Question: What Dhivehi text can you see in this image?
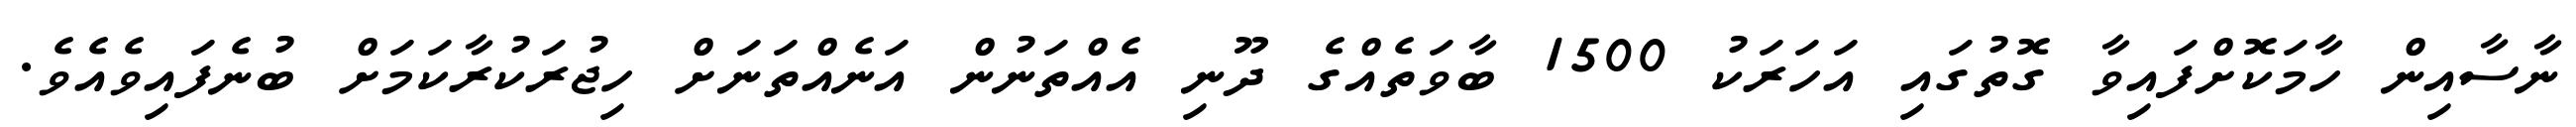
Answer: ނާސާއިން ހާމަކޮށްފައިވާ ގޮތުގައި އަހަރަކު 1500 ބާވަތެއްގެ ދޫނި އެއްތަނުން އަނެއްތަނަށް ހިޖުރަކުރާކަމަށް ބުނެފައިވެއެވެ.